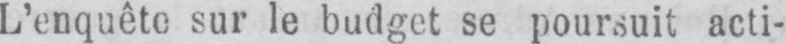
L’enquête sur le budget se poursuit acti-